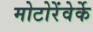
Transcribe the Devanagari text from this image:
मोटोरेंवेर्के